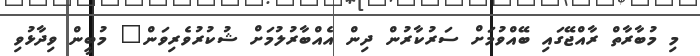
މި މުބާރާތް ރާއްޖޭގައި ބޭއްވުމަށް ސަރުކާރުން ދިން އެއްބާރުލުމަށް ޝުކުރުވެރިވަން" މުބީން ވިދާޅުވި